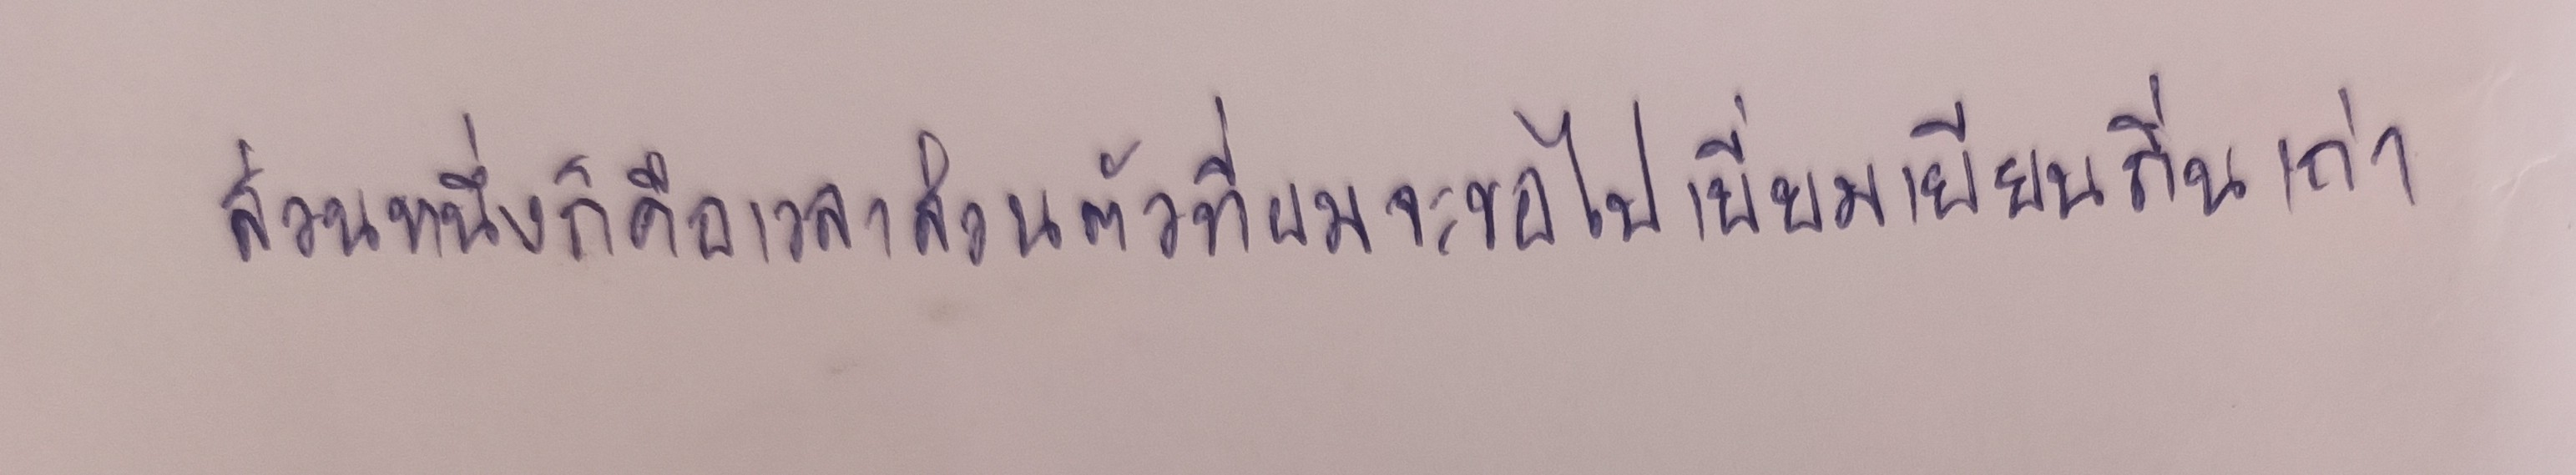
"ส่วนหนึ่งก็คือเวลาส่วนตัวที่ผมจะขอไปเยี่ยมเยียนถิ่นเก่า"